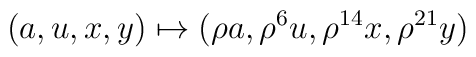
(a, u, x, y)\mapsto (\rho a, \rho^6 u, \rho^{14} x, \rho^{21} y)